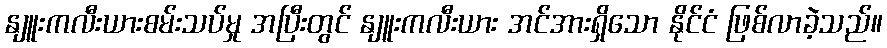
နျူးကလီးယားစမ်းသပ်မှု အပြီးတွင် နျူးကလီးယား အင်အားရှိသော နိုင်ငံ ဖြစ်လာခဲ့သည်။